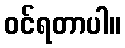
ဝင်ရတာပါ။